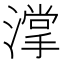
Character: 𣾦